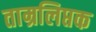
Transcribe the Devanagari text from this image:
ताम्रलिप्तक